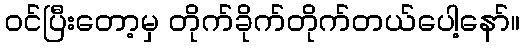
ဝင်ပြီးတော့မှ တိုက်ခိုက်တိုက်တယ်ပေါ့နော်။